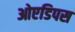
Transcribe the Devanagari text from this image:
ओएडिपस